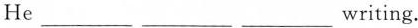
He ___ ___ ___ writing.